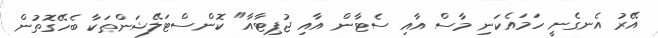
އޭރު އެނގެނީ ހަމައެކަނި މާސް އާއި ސެޓާން އާއި ޖުޕިޓާއާ" ކޮންސްޓަލޭޝަންތަކާ ބެހޭގޮތުން